Indian journal of veterinary science and animal husbandry - Volume 4,
Year: 1934
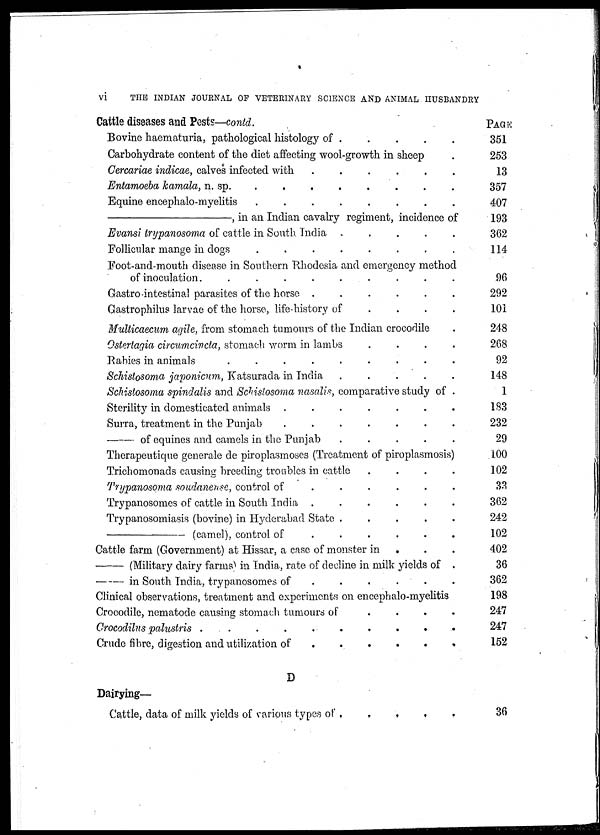
vi
THE INDIAN JOURNAL OF VETERINARY SCIENCE AND ANIMAL HUSBANDRY
Cattle diseases and Pests—contd.
Bovine haematuria, pathological histology of
.
.
.
.
.
Carbohydrate content of the diet affecting wool-growth in sheep .
Cercariae indicae, calves infected with
.
.
.
.
.
.
Entamoeba kamala, n. sp. . . . . . . . .
Equine encephalo-myelitis
.
.
.
.
.
.
.
.
—,
in an Indian cavalry regiment, incidence of
Evansi trypanosoma of cattle in South India . . . . .
Follicular mange in dogs
.
.
.
. . . . .
Foot-and-mouth disease in Southern Rhodesia and emergency method
of inoculation.
.
.
.
.
.
.
.
.
.
Gastro-intestinal parasites of the horse .
.
.
.
.
.
Gastrophilus larvae of the horse, life-history of
.
.
. .
Multicaecum agile, from stomach tumours of the Indian crocodile .
Ostertagia circumcincta, stomach worm in lambs
.
.
.
.
Babies in animals
.
.
.
.
.
.
Schistosoma japonicum, Katsurada in India . . . . .
Schistosoma spindalis and Schistosoma nasalis, comparative study of .
Sterility in domesticated animals . . . . . . .
Surra, treatment in the Punjab
.
.
.
.
.
.
.
—
of equines and camels in the Punjab
.
.
.
.
.
Therapeutique generale de piroplasmoses (Treatment of piroplasmosis)
Trichomonads causing breeding troubles in cattle
.
.
.
.
Trypanosoma soudanense, control of
.
.
.
.
. .
Trypanosomas of cattle in South India .
.
.
.
.
.
Trypanosomiasis (bovine) in Hyderabad State .
.
.
.
.
—
(camel), control of
.
.
.
.
.
.
Cattle farm (Government) at Hissar, a case of monster in . . .
—
(Military dairy farms) in India, rate of decline in milk yields of .
—
in South India, trypanosomes of
.
.
.
.
.
.
Clinical observations, treatment and experiments on encephalo-myelitis
Crocodile, nematode causing stomach tumours of
.
.
.
.
Crocodilus palustris .
.
.
.
.
.
.
.
.
.
Crude fibre, digestion and utilization of
.
.
.
.
. . .
PAGE
351
253
13
357
407
193
362
114
96
292
101
248
268
92
148
1
183
232
29
100
102
33
362
242
102
402
36
362
198
247
247
152
D
Dairying—
Cattle, data of milk yields of various types of
.
.
.
.
.
36